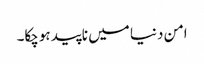
امن دنیا میں ناپید ہوچکا۔